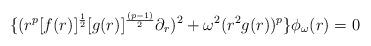
LaTeX: \begin{align*}\{(r^p [f(r)]^{{1 \over 2}}[g(r)]^{(p-1)\over 2} \partial_r)^2 + \omega^2 (r^2 g(r))^p\}\phi_\omega (r) = 0\end{align*}